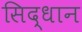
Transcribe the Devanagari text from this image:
सिद्धान